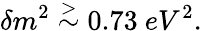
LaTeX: \delta m^{2}\stackrel{>}{\sim}0.73\ eV^{2}.